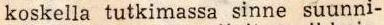
koskella tutkimassa sinne suunni-